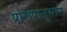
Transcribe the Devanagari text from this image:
प्रारूपानुसार